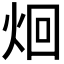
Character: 𮳦